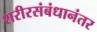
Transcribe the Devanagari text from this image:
शरीरसंबंधानंतर